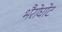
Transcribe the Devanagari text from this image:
भैरोघोट